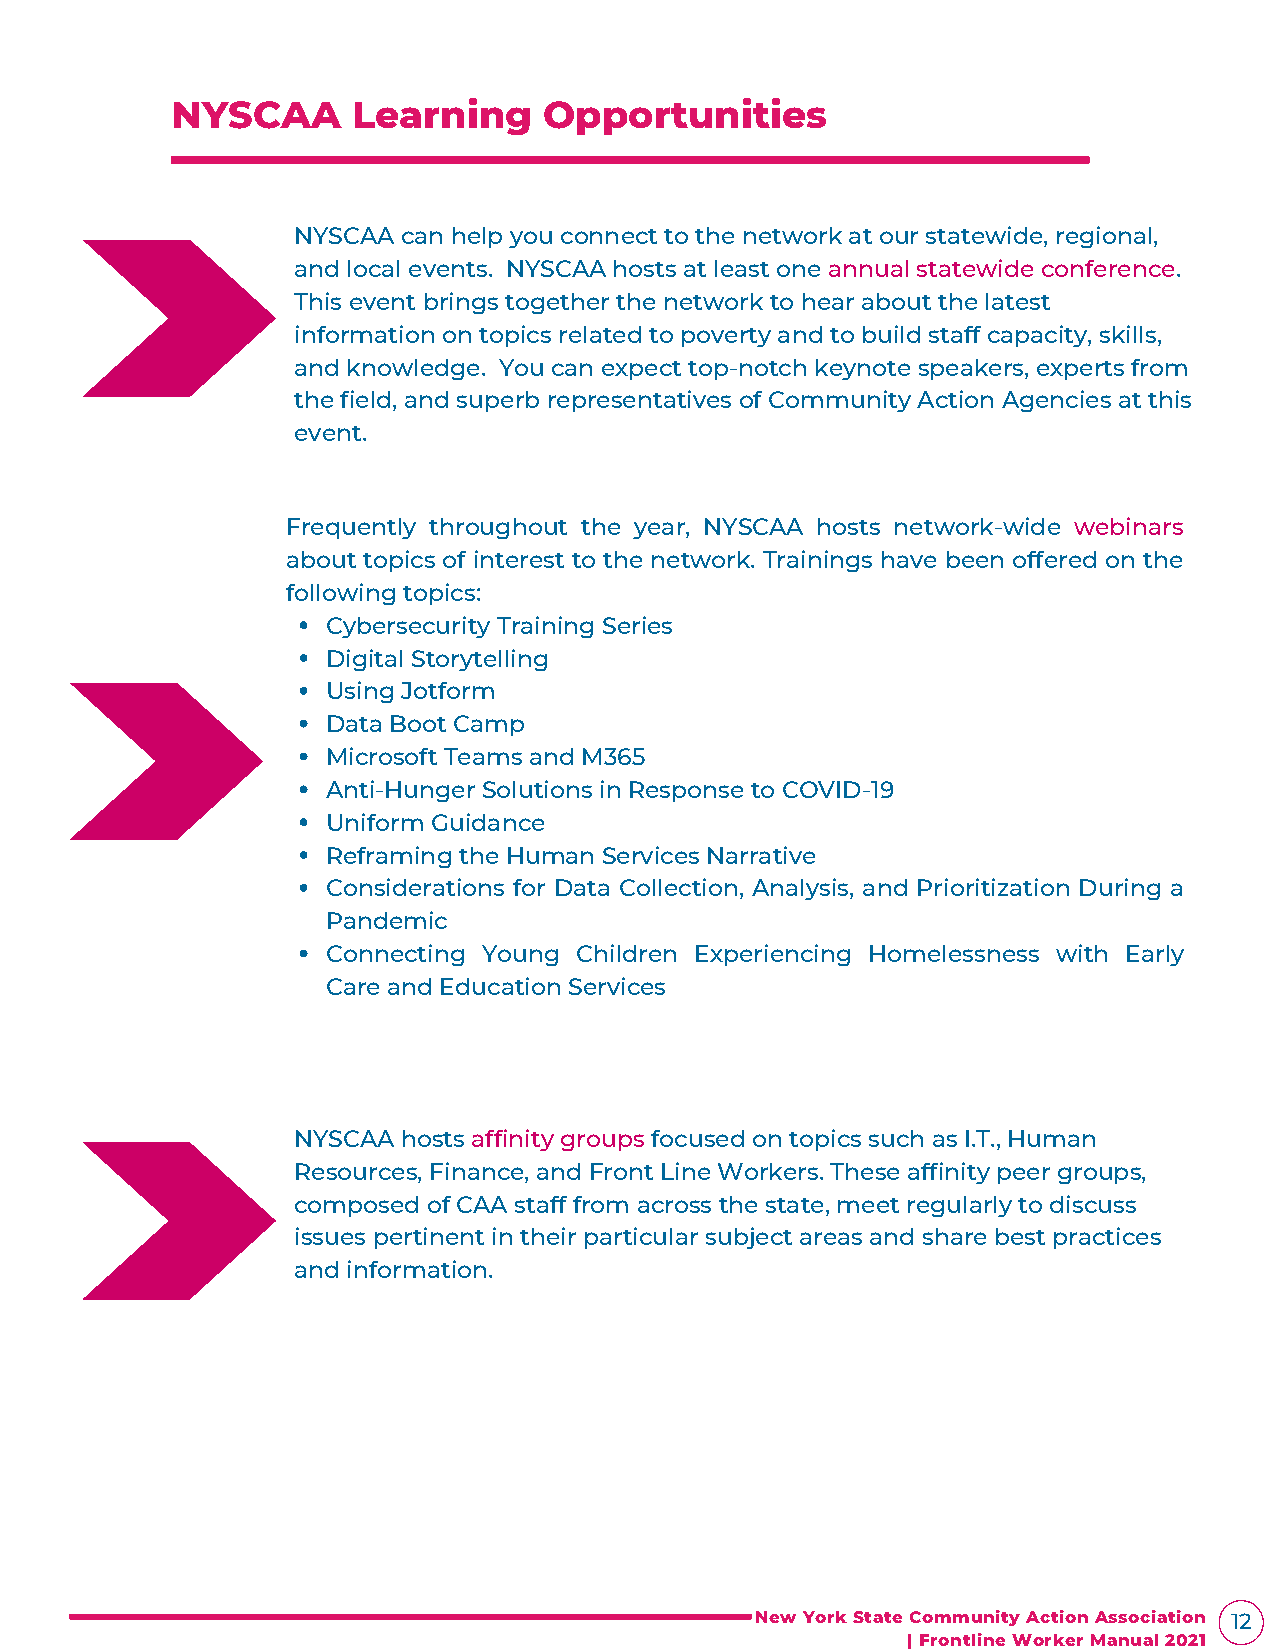
NYSCAA      Learning     Opportunities
 NYSCAA  can help you connect to the network at our statewide, regional,
 and local events. NYSCAA hosts at least one annual statewide conference.
 This event brings together the network to hear about the latest
 information on topics related to poverty and to build staff capacity, skills,
 and knowledge. You can expect top-notch keynote speakers, experts from
 the field, and superb representatives of Community Action Agencies at this
 event.
 Frequently throughout the year, NYSCAA hosts network-wide webinars
 about topics of interest to the network. Trainings have been offered on the
 following topics:
 Cybersecurity Training Series
 Digital Storytelling
 Using Jotform
 Data Boot Camp
 Microsoft Teams and M365
 Anti-Hunger Solutions in Response to COVID-19
 Uniform Guidance
 Reframing the Human Services Narrative
 Considerations for Data Collection, Analysis, and Prioritization During a
 Pandemic
 Connecting Young Children Experiencing Homelessness with Early
 Care and Education Services
 NYSCAA  hosts affinity groups focused on topics such as I.T., Human
 Resources, Finance, and Front Line Workers. These affinity peer groups,
 composed of CAA staff from across the state, meet regularly to discuss
 issues pertinent in their particular subject areas and share best practices
 and information.
 New York State Community Action Association 12
 | Frontline Worker Manual 2021